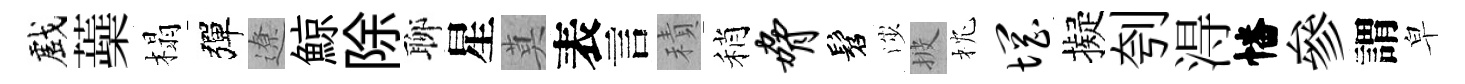
戲蘃榻彈遼鯨除聊星莫表言積稍胁髫渉披枕惘擬刳淂幡參謂皁